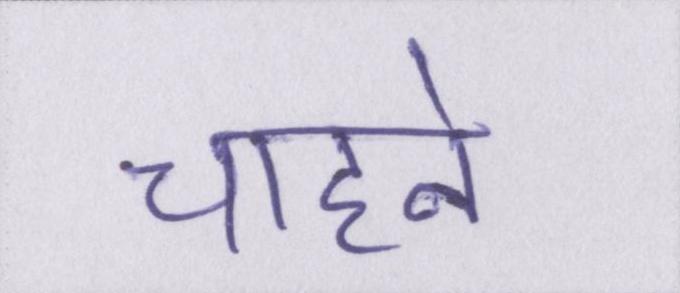
चाहने